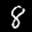
Label: 8